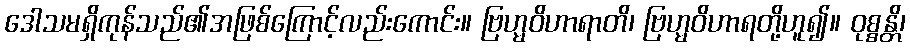
ဒေါသမရှိကုန်သည်၏အဖြစ်ကြောင့်လည်းကောင်း။ ဗြဟ္မဝိဟာရာတိ၊ ဗြဟ္မဝိဟာရတို့ဟူ၍။ ဝုစ္စန္တိ၊